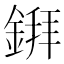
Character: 𫒲